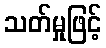
သတ်မှုဖြင့်